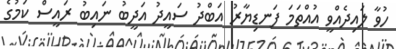
ހުވާ ލައިދެއްވީ އުއްތަމަ ފަނޑިޔާރު އަބްދު ސައީދު އަދީބު ނައިބު ރައީސް ކަމުގެ